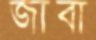
জাবা